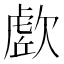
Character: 𭭔